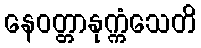
နေဝတ္တာနုက္ကံသေတိ